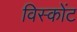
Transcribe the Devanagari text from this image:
विस्कोंट